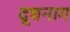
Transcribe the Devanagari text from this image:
दूधनाग